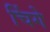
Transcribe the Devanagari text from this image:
चिंगे